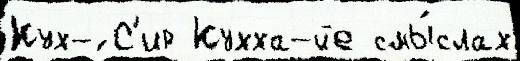
Кух-́ С'ир Кухха-йе смы́слах